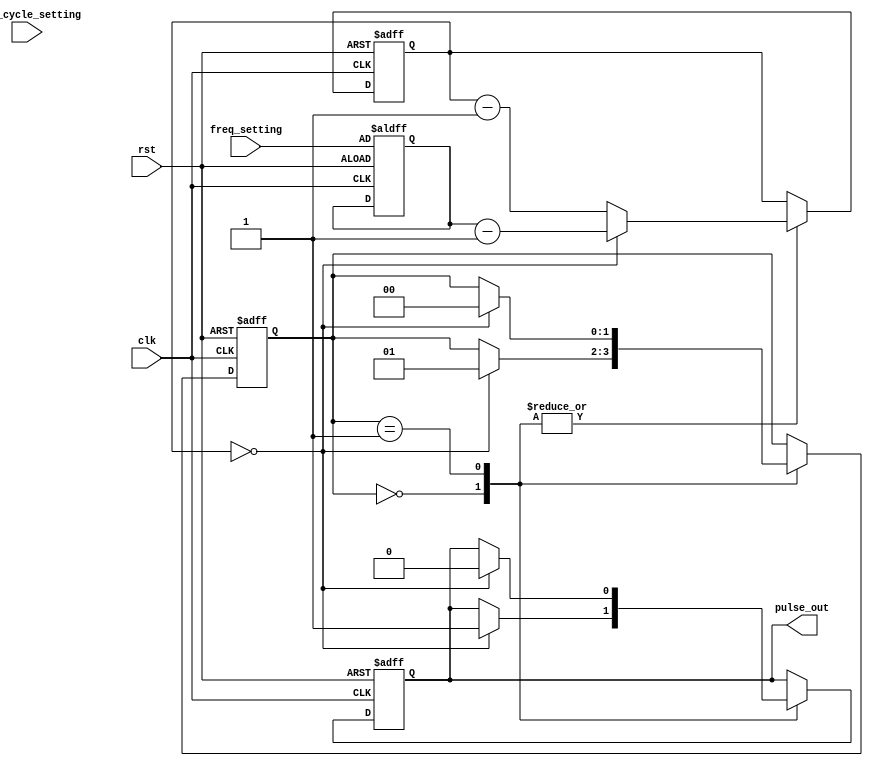
module PulseGenerator (
    input wire clk,
    input wire rst,
    input wire [7:0] freq_setting,
    input wire [7:0] duty_cycle_setting,
    output reg pulse_out
);

reg [7:0] counter;
reg [7:0] divider;
reg [1:0] state;

always @(posedge clk or posedge rst) begin
    if (rst) begin
        counter <= 8'h00;
        divider <= freq_setting;
        state <= 2'b00;
        pulse_out <= 1'b0;
    end else begin
        case(state)
            2'b00: begin // Idle state
                if (counter == 0) begin
                    counter <= divider - 1;
                    pulse_out <= 1'b1;
                    state <= 2'b01;
                end else begin
                    counter <= counter - 1;
                end
            end
            2'b01: begin // Active state
                if (counter == 0) begin
                    counter <= divider - 1;
                    pulse_out <= 1'b0;
                    state <= 2'b00;
                end else begin
                    counter <= counter - 1;
                end
            end
        endcase
    end
end

endmodule